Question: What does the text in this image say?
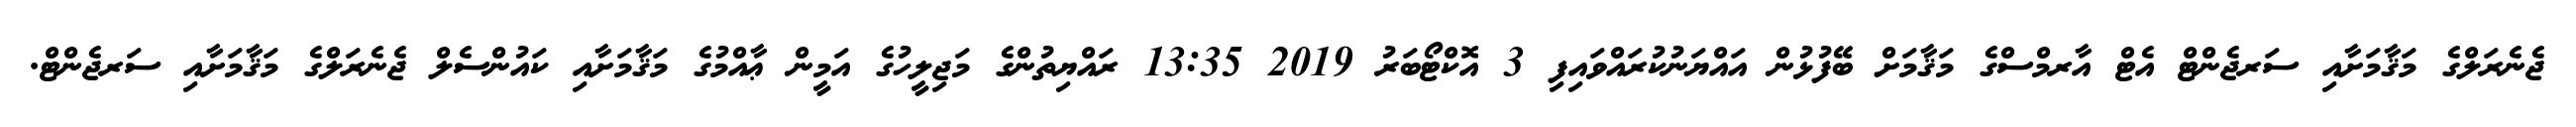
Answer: ޖެނެރަލްގެ މަޤާމަށާއި ސަރޖެންޓް އެޓް އާރމްސްގެ މަޤާމަށް ބޭފުޅުން އައްޔަނުކުރައްވައިފި 3 އޮކްޓޯބަރު 2019 13:35 ރައްޔިތުންގެ މަޖިލީހުގެ އަމީން ޢާއްމުގެ މަޤާމަށާއި ކައުންސެލް ޖެނެރަލްގެ މަޤާމަށާއި ސަރޖެންޓް.